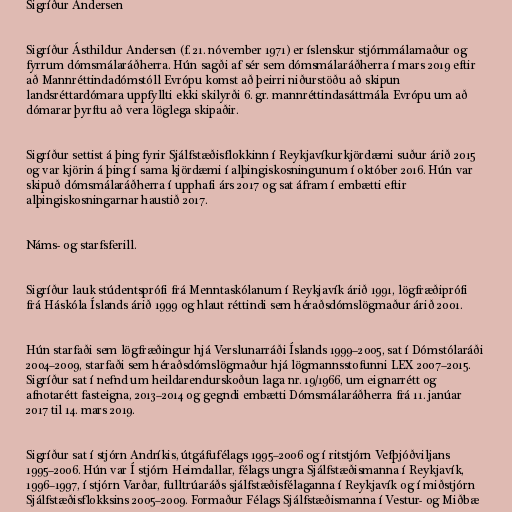
Sigríður Andersen

Sigríður Ásthildur Andersen (f. 21. nóvember 1971) er íslenskur stjórnmálamaður og
fyrrum dómsmálaráðherra. Hún sagði af sér sem dómsmálaráðherra í mars 2019 eftir
að Mannréttindadómstóll Evrópu komst að þeirri niðurstöðu að skipun
landsréttardómara uppfyllti ekki skilyrði 6. gr. mannréttindasáttmála Evrópu um að
dómarar þyrftu að vera löglega skipaðir.

Sigríður settist á þing fyrir Sjálfstæðisflokkinn í Reykjavíkurkjördæmi suður árið 2015
og var kjörin á þing í sama kjördæmi í alþingiskosningunum í október 2016. Hún var
skipuð dómsmálaráðherra í upphafi árs 2017 og sat áfram í embætti eftir
alþingiskosningarnar haustið 2017.

Náms- og starfsferill.

Sigríður lauk stúdentsprófi frá Menntaskólanum í Reykjavík árið 1991, lögfræðiprófi
frá Háskóla Íslands árið 1999 og hlaut réttindi sem héraðsdómslögmaður árið 2001.

Hún starfaði sem lögfræðingur hjá Verslunarráði Íslands 1999–2005, sat í Dómstólaráði
2004–2009, starfaði sem héraðsdómslögmaður hjá lögmannsstofunni LEX 2007–2015.
Sigríður sat í nefnd um heildarendurskoðun laga nr. 19/1966, um eignarrétt og
afnotarétt fasteigna, 2013–2014 og gegndi embætti Dómsmálaráðherra frá 11. janúar
2017 til 14. mars 2019.

Sigríður sat í stjórn Andríkis, útgáfufélags 1995–2006 og í ritstjórn Vefþjóðviljans
1995–2006. Hún var Í stjórn Heimdallar, félags ungra Sjálfstæðismanna í Reykjavík,
1996–1997, í stjórn Varðar, fulltrúaráðs sjálfstæðisfélaganna í Reykjavík og í miðstjórn
Sjálfstæðisflokksins 2005–2009. Formaður Félags Sjálfstæðismanna í Vestur- og Miðbæ